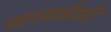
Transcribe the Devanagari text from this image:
कावर्डली